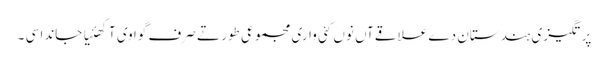
پرتگیزی ہندستان دے علاقےآں نوں کئی واری مجموعی طور تے صرف گوا وی آکھئیا جاندا سی ۔